Cholera in southern India
Disease focus: Cholera
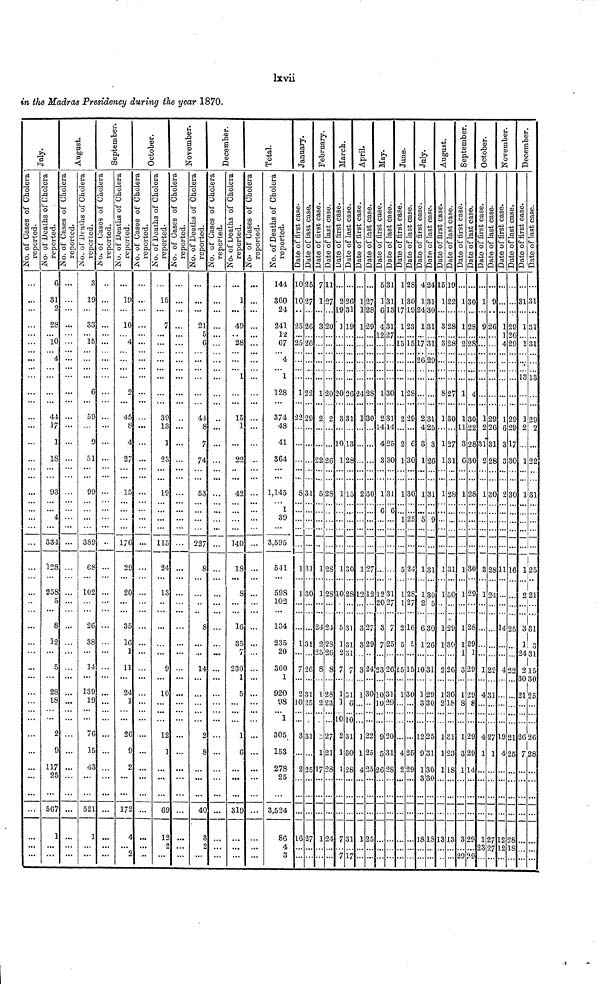
in the Madras Presidency during the year 1870.
July
No.of Cases of Cholera
reported.
...
...
...
...
...
...
...
...
...
...
...
...
...
...
...
...
...
...
...
...
...
...
...
...
...
...
...
...
...
...
...
...
...
...
...
...
...
...
...
...
...
...
...
...
...
...
No.of Deaths of Cholera
reported.
6
31
2
28
...
10
...
4
...
...
...
...
44
17
1
18
...
...
93
...
...
4
...
334
128
...
258
5
8
12
...
5
...
28
18
...
...
2
9
117
25
...
567
1
...
...
August
No.of Cases of Cholera
reported.
...
...
...
...
...
...
...
...
...
...
...
...
...
...
...
...
...
...
...
...
...
...
...
...
...
...
...
...
...
...
...
...
...
...
...
...
...
...
...
...
...
...
...
...
...
...
No.of Deaths of Cholera
reported.
3
19
...
33
... 15
...
...
...
...
6
...
59
...
9
51
...
...
99
...
...
...
...
389
68
...
102
...
26
38
...
14
...
139
19
...
...
76
15
43
...
...
521
3
...
...
September
No.of Cases of Cholera
reported.
...
...
...
...
...
...
...
...
...
...
...
...
...
...
...
...
...
...
...
...
...
...
...
...
...
...
...
...
...
...
...
...
...
...
...
...
...
...
...
...
...
...
...
...
...
No.of Deaths of Cholera
reported.
...
19
...
10
...
4
...
...
...
...
2
...
45
8
4
27
...
...
15
...
...
...
...
176
29
...
20
...
35
16
1
11
...
24
1
...
...
26
9
2
...
...
172
4
...
2
October
No.of Cases of Cholera
reported.
...
...
...
...
...
...
...
...
...
...
...
...
...
...
...
...
...
...
...
...
...
...
...
...
...
...
...
...
...
...
...
...
...
...
...
...
...
...
...
...
...
...
...
...
...
No.of Deaths of Cholera
reported.
...
15
...
7
...
...
...
...
...
...
...
...
39
13
1
23
...
...
19
...
...
...
...
113
24
...
13
...
...
...
...
9
...
10
...
...
...
18
1
...
...
...
69
12
2
...
November
No.of Cases of Cholera
reported.
...
...
...
...
...
...
...
...
...
...
...
...
...
...
...
...
...
...
...
...
...
...
...
...
...
...
...
...
...
...
...
...
...
...
...
...
...
...
...
...
...
...
...
...
...
...
...
...
...
21
5
6
...
...
...
...
...
...
44
8
7
74
...
...
53
...
...
...
...
227
8
...
...
...
8
...
...
14
...
...
...
...
...
2
8
...
...
...
40
3
2
...
December
No.of Cases of Cholera
reported.
...
...
...
...
...
...
...
...
...
...
...
...
...
...
...
...
...
...
...
...
...
...
...
...
...
...
...
...
...
...
...
...
...
...
...
...
...
...
...
...
...
...
...
...
...
...
No.of Deaths of Cholera
reported.
...
1
...
49
...
28
...
...
... 1
...
...
15
1
...
22
...
...
42
...
...
...
...
140
18
...
8
...
16
35
7
230
1
5
...
...
...
1
6
...
...
...
319
...
...
...
Total
No.of Cases of Cholera
reported.
...
...
...
...
...
...
...
...
... ...
...
...
...
...
...
...
...
...
...
...
...
...
...
...
...
...
...
...
...
...
...
...
...
...
...
...
...
...
...
...
...
...
...
...
...
No.of Deaths of Cholera
reported.
144
360
24
241
12
67
...
4
... 1
128
...
374
48
41
364
...
...
1,145
... 1
39
...
3,595
541
...
598
102
134
235
20
360
1
920
98
...
1
305
153
278
25
...
3,534
86
4
3
January
Date of first case
10
10
...
25
...
25
...
...
...
...
1
...
22
...
...
...
...
...
8
...
...
...
...
...
1
...
1
...
...
1
...
7
...
2
10
...
...
3
...
2
...
...
...
16
...
...
Date of last case
25
27
...
26
...
26
...
...
...
...
22
...
29
...
...
...
...
...
31
...
...
...
...
...
31
...
30
...
...
31
...
26
...
31
25
...
...
31
...
25
...
...
...
27
...
...
February
Date of first case
7
1
...
3
...
...
...
...
...
...
1
...
2
...
...
22
...
...
5
...
...
...
...
...
1
...
1
...
24
2
...
8
...
1
2
...
...
...
1
17
...
...
...
1
...
...
Date of last case
11
27
...
20
...
...
...
...
...
...
20
...
2
...
...
26
...
...
28
...
...
...
...
...
28
...
28
...
24
28
...
8
...
28
23
...
...
27
21
28
...
...
...
24
...
...
March
Date of first case
...
2
19
1
...
...
...
...
...
...
20
...
3
...
10
1
...
...
1
...
...
...
...
...
1
...
10
...
5
1
2
7
...
1
1
... 10
2
1
1
...
...
...
7
...
7
Date of last case
...
26
31
19
...
...
...
...
...
...
26
...
31
...
13
28
...
...
15
...
...
...
...
...
30
...
28
...
31
31
31
7
...
31
6
... 10
31
30
28
...
...
...
31
...
17
April
Date of first case
...
1
1
1
...
...
...
...
...
...
24
...
1
...
...
...
...
...
2
...
...
...
...
...
1
...
12
...
3
3
...
3
...
1
...
...
...
1
1
4
...
...
...
1
...
...
Date of last case
...
27
28
29
...
...
...
...
...
...
28
...
30
...
...
...
...
...
30
...
...
...
...
...
27
...
12
...
27
29
...
24
...
30
...
...
...
22
25
25
...
...
...
25
...
...
May
Date of first case
5
1
6
4
12
...
...
...
...
...
1
...
2
14
4
3
...
...
1
... 6
...
...
...
...
...
12
20
3
7
...
23
...
10
10
...
...
9
5
26
...
...
...
...
...
...
Date of last case
31
31
13
31
27
...
...
...
...
...
30
...
31
14
25
30
...
...
31
...
6
...
...
...
...
...
31
27
7
25
...
26
...
31
29
...
...
20
31
28
...
...
...
...
...
...
June
Date of first case
1
1
17
1
...
15
...
...
...
...
1
...
2
...
2
1
...
...
1
...
...
1
...
...
5
...
1
1
2
5
...
15
...
1
...
...
...
...
4
2
...
...
...
...
...
...
Date of last case
28
30
19
23
...
15
...
...
...
...
28
...
29
...
6
30
...
...
30
...
...
25
...
...
24
...
28
27
16
5
...
15
...
30
...
...
...
...
25
29
...
...
...
...
...
...
July
Date of first case
4
1
24
1
...
17
...
26
...
...
...
...
2
4
3
1
...
...
1
...
...
5
...
...
1
...
1
2
6
1
...
10
...
3
3
...
...
12
9
1
3
...
...
18
...
...
Date of last case
24
31
30
31
...
31
...
29
...
...
...
...
31
25
3
26
...
...
31
...
...
9
...
...
31
...
30
5
30
26
...
31
...
29
30
...
...
25
31
30
30
...
...
18
...
...
August
Date of first case
15
1
...
3
...
3
...
...
...
...
8
...
1
...
1
1
...
...
1
...
...
...
...
...
1
...
1
...
1
1
...
2
...
1
2
...
...
1
1
1
...
...
...
13
...
...
Date of last case
19
22
...
28
...
28
...
...
...
...
27
...
30
...
27
31
...
...
28
...
...
...
...
...
31
...
3C
...
29
30
...
26
...
30
18
...
...
31
23
18
...
...
...
13
...
...
September
Date of first case
...
1
...
1
...
2
...
...
...
...
1
...
1
11
3
6
...
...
1
...
...
...
...
...
1
...
1
...
1
1
1
3.
...
1
8
...
...
1
3
1
...
...
...
3
...
29
Date of last case
...
30
...
28
...
28
...
...
...
...
4
...
30
22
28
30
...
...
28
...
...
...
...
...
30
...
29
...
28
29
1
29
...
29
8
...
...
29
29
14
...
...
...
29
...
29
October
Date of first case
...
1
...
9
...
...
...
...
...
...
...
...
1
2
31
2
...
...
1
...
...
...
...
...
3
...
1
...
...
...
...
1
...
4
...
...
...
4
1
...
...
...
...
1
23
...
Date of last case
...
9
...
26
...
...
...
...
...
...
...
...
29
26
31
28
...
...
30
...
...
...
...
...
2S
...
24
...
...
...
...
22
...
31
...
...
...
27
1
...
...
...
...
27
27
...
November
Date of first case
...
...
1
1
4
...
...
...
...
...
...
1
6
3
3
...
...
2
...
...
...
...
...
11
...
...
...
14
...
...
...
...
...
...
...
19
4
...
...
...
...
12
12
...
Date of last case
...
...
29
26
29
...
...
...
...
...
...
29
29
17
30
...
...
30
...
...
...
...
...
16
...
...
...
25
...
...
22
...
...
...
...
...
21
25
...
...
...
...
28
18
...
December
Date of first case
...
31
...
1
...
1
...
...
... 13
...
...
1
2
...
1
...
...
1
...
...
...
...
...
1
...
2
...
3
1
24
2
30
21
...
...
...
26
7
...
...
...
...
...
...
...
Date of last case
...
31
...
31
...
31
...
...
... 13
...
...
29
...
22
...
...
31
...
...
...
...
...
25
21
...
31
3
31
15
30
25
...
...
26
28
...
...
...
...
...
...
...